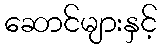
ဆောင်များနှင့်